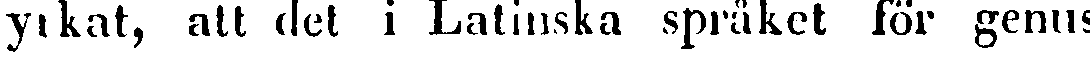
yrkat, att det i Latinska språket för genus